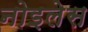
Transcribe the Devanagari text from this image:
नोइलेस